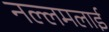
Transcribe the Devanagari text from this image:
नल्लमलाई